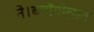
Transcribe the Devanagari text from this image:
ने।ब्लॉगोत्सव